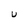
Character: U